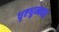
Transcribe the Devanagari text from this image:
धृष्टधुम्नवर